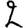
Digit: 2